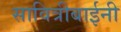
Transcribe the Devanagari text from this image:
सावित्रीबाईनी